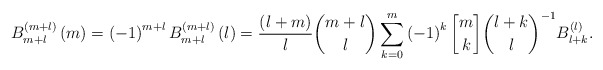
\begin{align*}B_{m+l}^{\left( m+l\right) }\left( m\right) =\left( -1\right)^{m+l}B_{m+l}^{\left( m+l\right) }\left( l\right) =\frac{\left(l+m\right) }{l}\binom{m+l}{l}\sum_{k=0}^{m}\left( -1\right) ^{k}\genfrac{[}{]}{0pt}{}{m}{k}\binom{l+k}{l}^{-1}B_{l+k}^{\left( l\right) }.\end{align*}